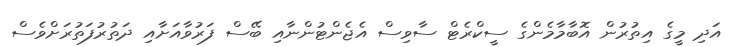
އަދި މީގެ އިތުރުން އޮބާމާމެންގެ ސީކްރެޓް ސާވިސް އެޖެންޓުންނާއި ބޭސް ފަރުވާއަށާއި ދަތުރުފަތުރަށްވެސް